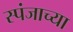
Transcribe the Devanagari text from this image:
स्पंजाच्या